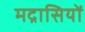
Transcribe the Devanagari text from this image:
मद्रासियों